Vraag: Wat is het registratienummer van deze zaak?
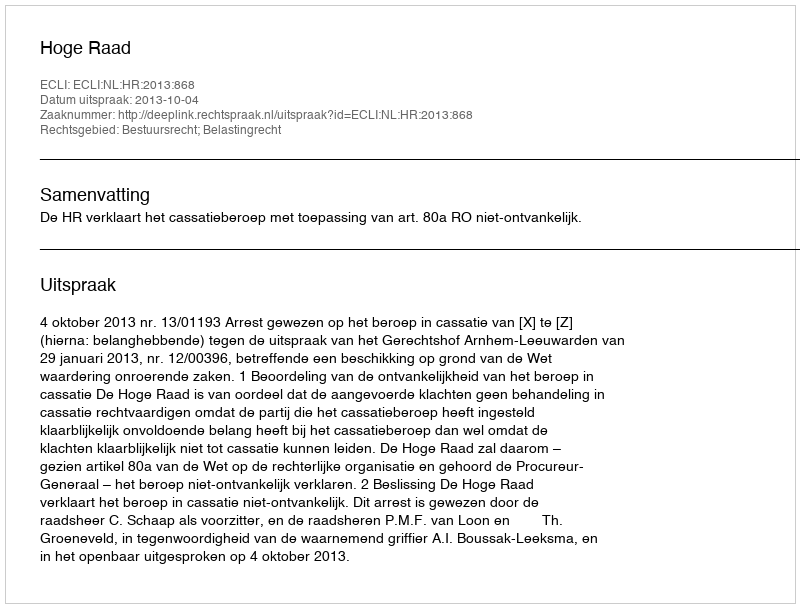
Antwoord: http://deeplink.rechtspraak.nl/uitspraak?id=ECLI:NL:HR:2013:868